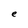
Character: e